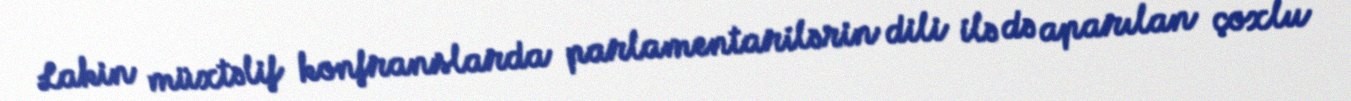
Lakin müxtəlif konfranslarda parlamentarilərin dili ilə də aparılan çoxlu